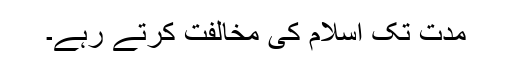
مدت تک اسلام کی مخالفت کرتے رہے۔